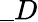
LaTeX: \_ D